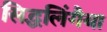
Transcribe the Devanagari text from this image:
सिद्धलिंगैया